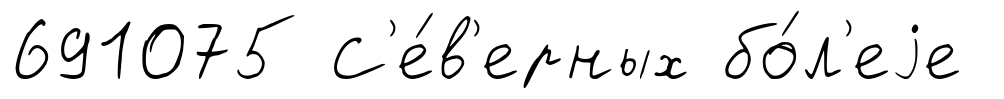
691075 С'е́в'ерных бо́л'еjе